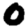
Digit: 0